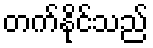
တက်နိုင်သည်